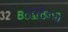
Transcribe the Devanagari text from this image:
अस्ट्रेइया